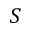
S